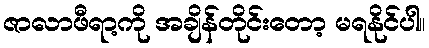
ဇာလာဖီရာ့ကို အချိန်တိုင်းတော့ မရနိုင်ပါ။